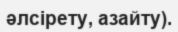
әлсірету, азайту).